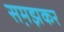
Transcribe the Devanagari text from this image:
सम़झकर